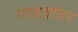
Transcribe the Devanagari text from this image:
गाढवांवर